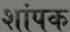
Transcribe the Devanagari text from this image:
शांपक